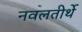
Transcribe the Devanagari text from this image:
नवलतीर्थे